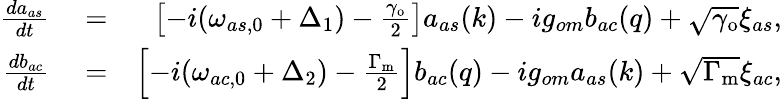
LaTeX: \begin{array}{rlr}{\frac{da_{as}}{dt}}&{{}=}&{\left[-i(\omega_{as,0}+\Delta_{1})-\frac{\gamma_{\mathrm{o}}}{2}\right]a_{as}(k)-ig_{om}b_{ac}(q)+\sqrt{\gamma_{\mathrm{o}}}\xi_{as},}\\ {\frac{db_{ac}}{dt}}&{{}=}&{\left[-i(\omega_{ac,0}+\Delta_{2})-\frac{\Gamma_{\mathrm{m}}}{2}\right]b_{ac}(q)-ig_{om}a_{as}(k)+\sqrt{\Gamma_{\mathrm{m}}}\xi_{ac},}\end{array}